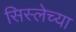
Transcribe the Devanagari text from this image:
सिस्लेच्या